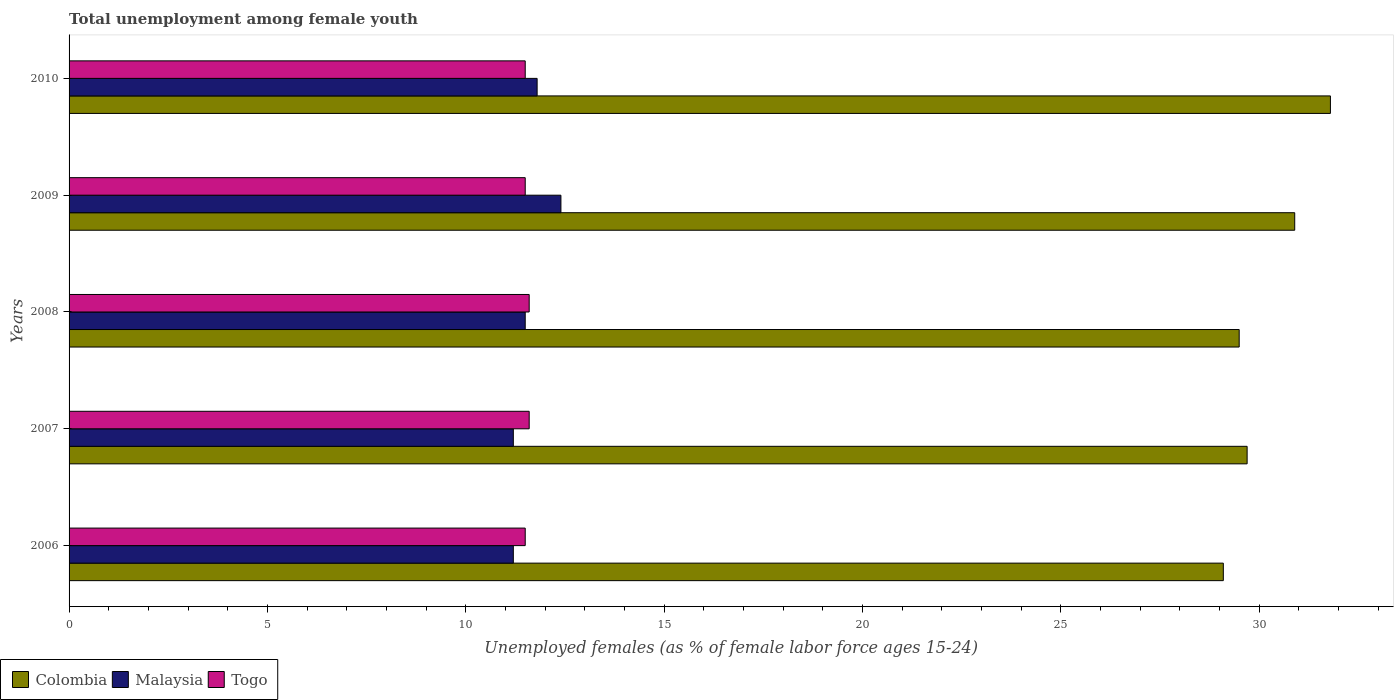
| Years | Colombia | Malaysia | Togo |
 | --- | --- | --- | --- |
 | 2006 | 29.1 | 11.2 | 11.5 |
 | 2007 | 29.7 | 11.2 | 11.6 |
 | 2008 | 29.5 | 11.5 | 11.6 |
 | 2009 | 30.9 | 12.4 | 11.5 |
 | 2010 | 31.8 | 11.8 | 11.5 |